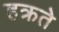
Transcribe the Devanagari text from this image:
हक्रते